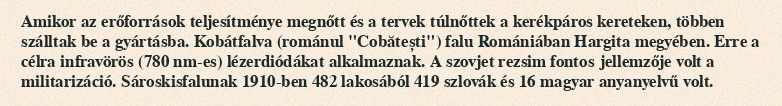
Amikor az erőforrások teljesítménye megnőtt és a tervek túlnőttek a kerékpáros kereteken, többen szálltak be a gyártásba. Kobátfalva (románul "Cobătești") falu Romániában Hargita megyében. Erre a célra infravörös (780 nm-es) lézerdiódákat alkalmaznak. A szovjet rezsim fontos jellemzője volt a militarizáció. Sároskisfalunak 1910-ben 482 lakosából 419 szlovák és 16 magyar anyanyelvű volt.